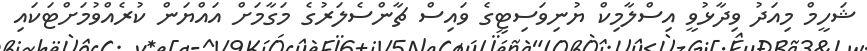
ޝަހީމް މިއަދު ވިދާޅުވީ އިސްލާމިކް ޔުނިވަސިޓީގެ ވައިސް ޗާންސެލަރުގެ މަގާމަށް އައްޔަން ކުރެއްވުމަށްޓަކައި